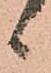
候